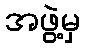
အဖွဲ့မှ